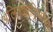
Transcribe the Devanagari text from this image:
अलिक्झांड्रियाच्या